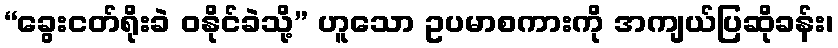
“ခွေးငတ်ရိုးခဲ ဝနိုင်ခဲသို့” ဟူသော ဥပမာစကားကို အကျယ်ပြဆိုခန်း၊